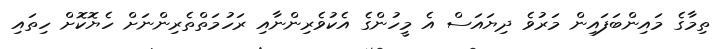
ތިމާގެ މައިންބަފައިން މަރުވެ ދިޔައަސް އެ މީހުންގެ އެކުވެރިންނާއި ރަހުމަތްތެރިންނަށް ހެޔޮކޮށް ހިތައި